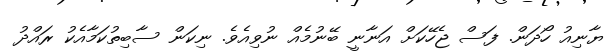
ޔާނިއު ހޯދަން. ފަސް ޖެހޭކަށް އަނާނީ ބޭނުމެއް ނުވިއެވެ. ނިކަން ސާބިތުކަމާއެކު ރައްދު